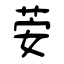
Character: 荌